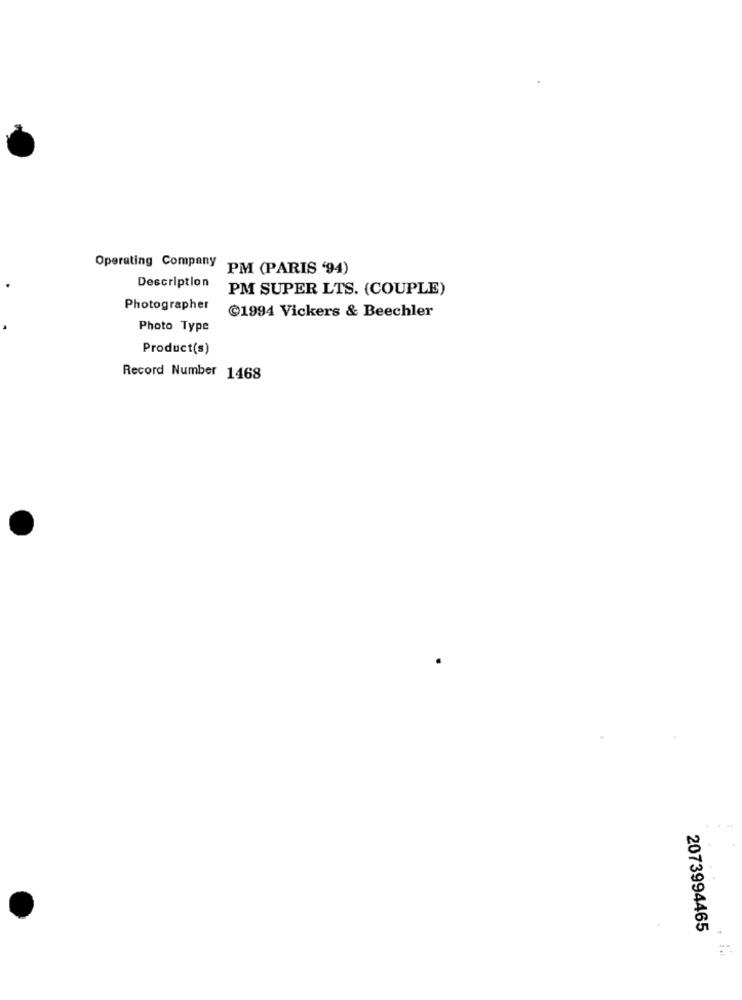
Operating Company
PM (PARIS '94)
Description
PM SUPER LTS. (COUPLE)
Photographer
@1994 Vickers & Beechler
Photo Type
Product(s)
Record Number 1468
2073994465